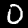
Digit: 0